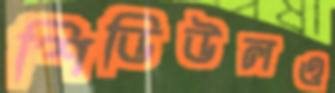
শিডিউলও